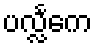
ပလ္လင်္ကေ